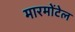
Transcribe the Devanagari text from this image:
मारमोंटेल